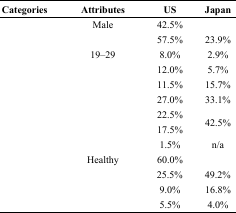
<table><thead><tr><td><b>Categories</b></td><td><b>Attributes</b></td><td><b>US</b></td><td><b>Japan</b></td></tr></thead><tbody><tr><td rowspan="2">[EMPTY_CELL]</td><td>Male</td><td>42.5%</td><td>[EMPTY_CELL]</td></tr><tr><td>[EMPTY_CELL]</td><td>57.5%</td><td>23.9%</td></tr><tr><td rowspan="7">[EMPTY_CELL]</td><td>19–29</td><td>8.0%</td><td>2.9%</td></tr><tr><td>[EMPTY_CELL]</td><td>12.0%</td><td>5.7%</td></tr><tr><td>[EMPTY_CELL]</td><td>11.5%</td><td>15.7%</td></tr><tr><td>[EMPTY_CELL]</td><td>27.0%</td><td>33.1%</td></tr><tr><td>[EMPTY_CELL]</td><td>22.5%</td><td rowspan="2">42.5%</td></tr><tr><td>[EMPTY_CELL]</td><td>17.5%</td></tr><tr><td>[EMPTY_CELL]</td><td>1.5%</td><td>n/a</td></tr><tr><td rowspan="4">[EMPTY_CELL]</td><td>Healthy</td><td>60.0%</td><td>[EMPTY_CELL]</td></tr><tr><td>[EMPTY_CELL]</td><td>25.5%</td><td>49.2%</td></tr><tr><td>[EMPTY_CELL]</td><td>9.0%</td><td>16.8%</td></tr><tr><td>[EMPTY_CELL]</td><td>5.5%</td><td>4.0%</td></tr></tbody></table>